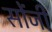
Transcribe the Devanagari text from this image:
सोंजी